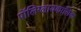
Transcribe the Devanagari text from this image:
पॉलिग्लायकालिक